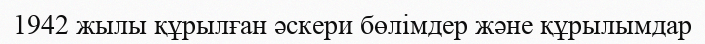
1942 жылы құрылған әскери бөлімдер және құрылымдар